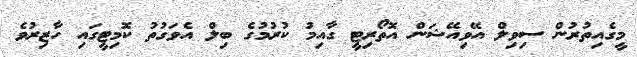
މީގެއިތުރުން ސިވިލް އޭވިއޭޝަން އޮތޯރިޓީ ގާއިމު ކުރުމުގެ ބިލް އެވަގުތު ކޮމިޓީގައި ހާޒިރުވެ